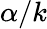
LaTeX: \alpha/k